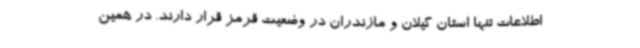
اطلاعات تنها استان گیلان و مازندران در وضعیت قرمز قرار دارند. در همین